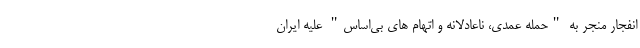
انفجار منجر به "حمله عمدی، ناعادلانه و اتهام های بی‌اساس" علیه ایران